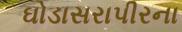
ઘોડાસરાપીરના